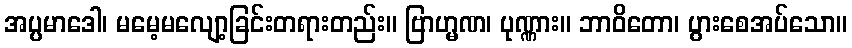
အပ္ပမာဒေါ၊ မမေ့မလျော့ခြင်းတရားတည်း။ ဗြာဟ္မဏ၊ ပုဏ္ဏား။ ဘာဝိတော၊ ပွားစေအပ်သော။